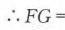
\(\therefore FG =\)